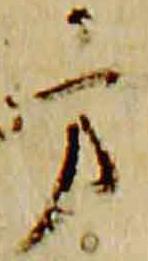
方